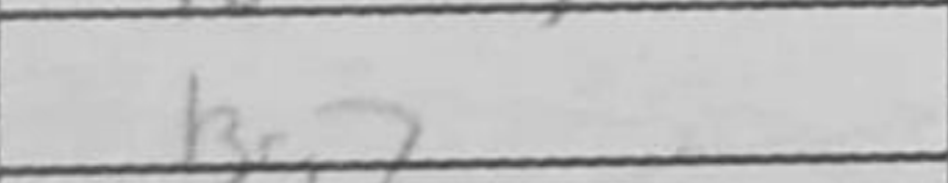
Transcription: Bg7